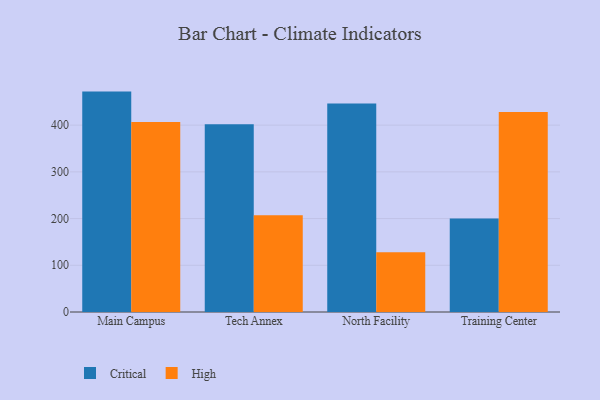
{"axis": {"x": "Campus", "y": "Inventory Turnover"}, "legend": ["Critical", "High"], "data": [{"x": "Main Campus", "y": 471.8, "type": "Critical"}, {"x": "Main Campus", "y": 406.9, "type": "High"}, {"x": "Tech Annex", "y": 401.8, "type": "Critical"}, {"x": "Tech Annex", "y": 207.3, "type": "High"}, {"x": "North Facility", "y": 446.1, "type": "Critical"}, {"x": "North Facility", "y": 127.9, "type": "High"}, {"x": "Training Center", "y": 200.0, "type": "Critical"}, {"x": "Training Center", "y": 427.9, "type": "High"}]}